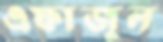
এফাজুল